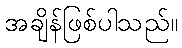
အချိန်ဖြစ်ပါသည်။